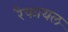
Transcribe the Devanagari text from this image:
रैफायल